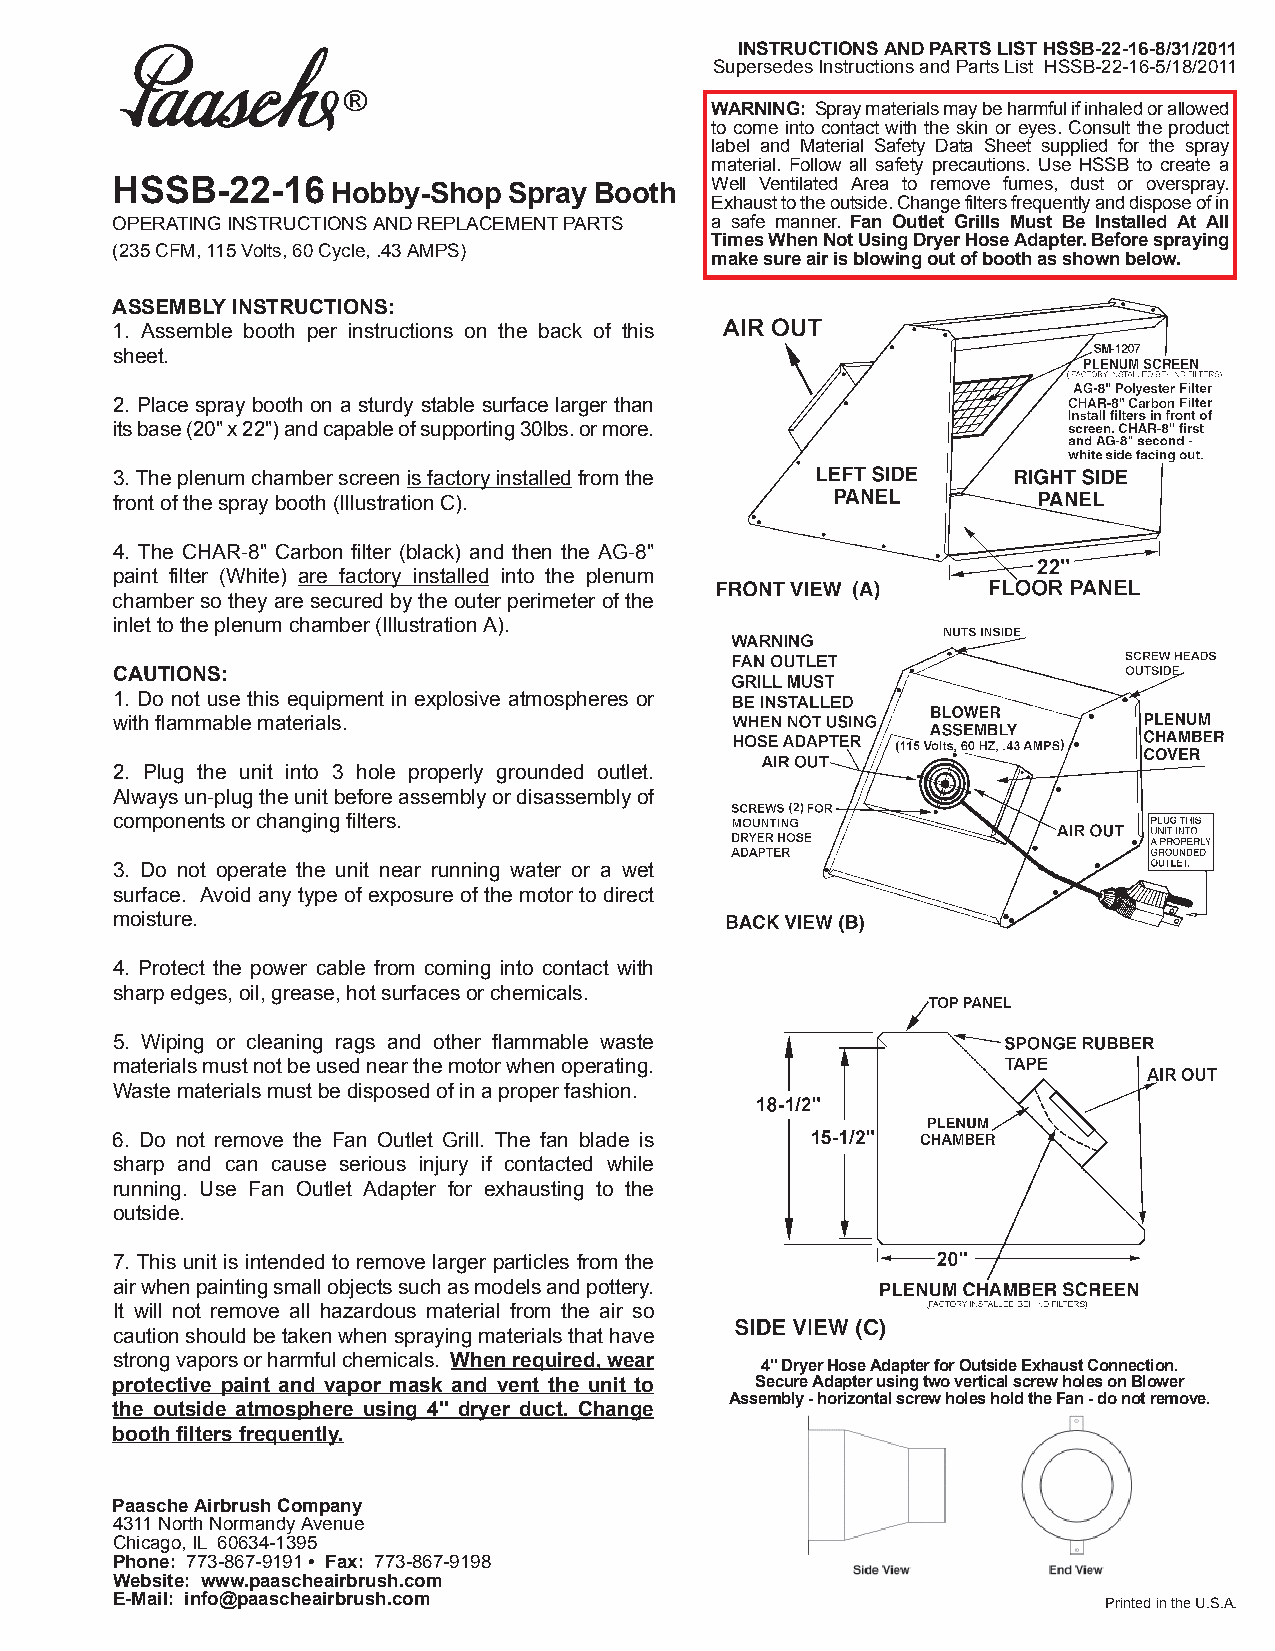
INSTRUCTIONS AND PARTS LIST HSSB-22-16-8/31/2011
 Supersedes Instructions and Parts List HSSB-22-16-5/18/2011
 WARNING: Spray materials may be harmful if inhaled or allowed
 to come into contact with the skin or eyes. Consult the product
 label and Material Safety Data Sheet supplied for the spray
 material. Follow all safety precautions. Use HSSB to create a
 HSSB-22-16     Hobby-Shop  Spray Booth  Well Ventilated Area to remove fumes, dust or overspray.
 Exhaust to the outside. Change filters frequently and dispose of in
 OPERATING INSTRUCTIONS AND REPLACEMENT PARTS a safe manner. Fan Outlet Grills Must Be Installed At All
 Times When Not Using Dryer Hose Adapter. Before spraying
 (235 CFM, 115 Volts, 60 Cycle, .43 AMPS)
 make sure air is blowing out of booth as shown below.
 ASSEMBLY INSTRUCTIONS:
 1. Assemble booth per instructions on the back of this
 sheet.
 2. Place spray booth on a sturdy stable surface larger than
 its base (20" x 22") and capable of supporting 30lbs. or more.
 3. The plenum chamber screen is factory installedfrom the
 front of the spray booth (Illustration C).
 4. The CHAR-8" Carbon filter (black) and then the AG-8"
 paint filter (White) are factory installed into the plenum
 chamber so they are secured by the outer perimeter of the
 inlet to the plenum chamber (Illustration A).
 CAUTIONS:
 1. Do not use this equipment in explosive atmospheres or
 with flammable materials.
 2. Plug the unit into 3 hole properly grounded outlet.
 Always un-plug the unit before assembly or disassembly of
 components or changing filters.
 3. Do not operate the unit near running water or a wet
 surface. Avoid any type of exposure of the motor to direct
 moisture.
 4. Protect the power cable from coming into contact with
 sharp edges, oil, grease, hot surfaces or chemicals.
 5. Wiping or cleaning rags and other flammable waste
 materials must not be used near the motor when operating.
 Waste materials must be disposed of in a proper fashion.
 6. Do not remove the Fan Outlet Grill. The fan blade is
 sharp and can cause serious injury if contacted while
 running. Use Fan Outlet Adapter for exhausting to the
 outside.
 7. This unit is intended to remove larger particles from the
 air when painting small objects such as models and pottery.
 It will not remove all hazardous material from the air so
 caution should be taken when spraying materials that have
 strong vapors or harmful chemicals. When required, wear
 4" Dryer Hose Adapter for Outside Exhaust Connection.
 protective paint and vapor mask and vent the unit to Secure Adapter using two vertical screw holes on Blower
 Assembly - horizontal screw holes hold the Fan - do not remove.
 the outside atmosphere using 4'' dryer duct. Change
 booth filters frequently.
 Paasche Airbrush Company
 4311 North Normandy Avenue
 Chicago, IL 60634-1395
 Phone: 773-867-9191 • Fax: 773-867-9198
 Website: www.paascheairbrush.com
 E-Mail: info@paascheairbrush.com                                  Printed in the U.S.A.